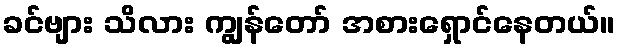
ခင်ဗျား သိလား ကျွန်တော် အစားရှောင်နေတယ်။